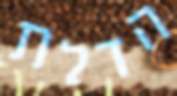
הדלת